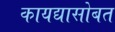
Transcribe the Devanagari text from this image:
कायद्यासोबत